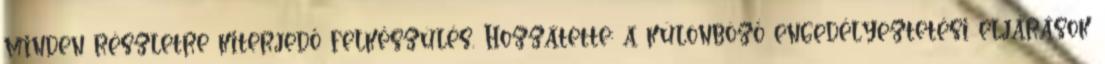
minden részletre kiterjedő felkészülés. Hozzátette: a különböző engedélyeztetési eljárások